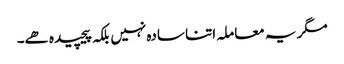
مگر یہ معاملہ اتنا سادہ نہیں بلکہ پیچیدہ ھے۔